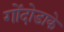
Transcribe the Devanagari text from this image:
गोंदोडाके